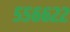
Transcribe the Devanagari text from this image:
५५६६२२